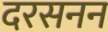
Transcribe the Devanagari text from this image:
दरसनन